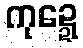
ကုဍ္ဍေ